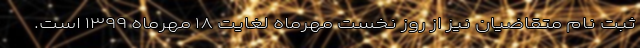
ثبت نام متقاضیان نیز از روز نخست مهرماه لغایت ۱۸ مهرماه ۱۳۹۹ است.